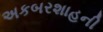
અકબરશાહની